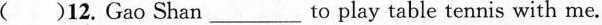
( )12. Gao Shan___to play table tennis with me.